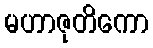
မဟာဇုတိကော